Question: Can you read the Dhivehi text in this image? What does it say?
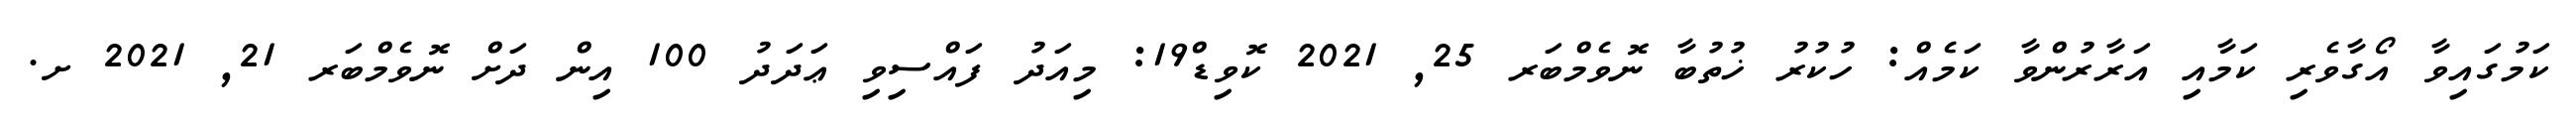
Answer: ކަމުގައިވާ އޯގާވެރި ކަމާއި އަރާރުންވާ ކަމެއް: ހުކުރު ޚުތުބާ ނޮވެމްބަރ 25, 2021 ކޮވިޑް19: މިއަދު ފައްސިވި ޢަދަދު 100 އިން ދަށް ނޮވެމްބަރ 21, 2021 ށ.